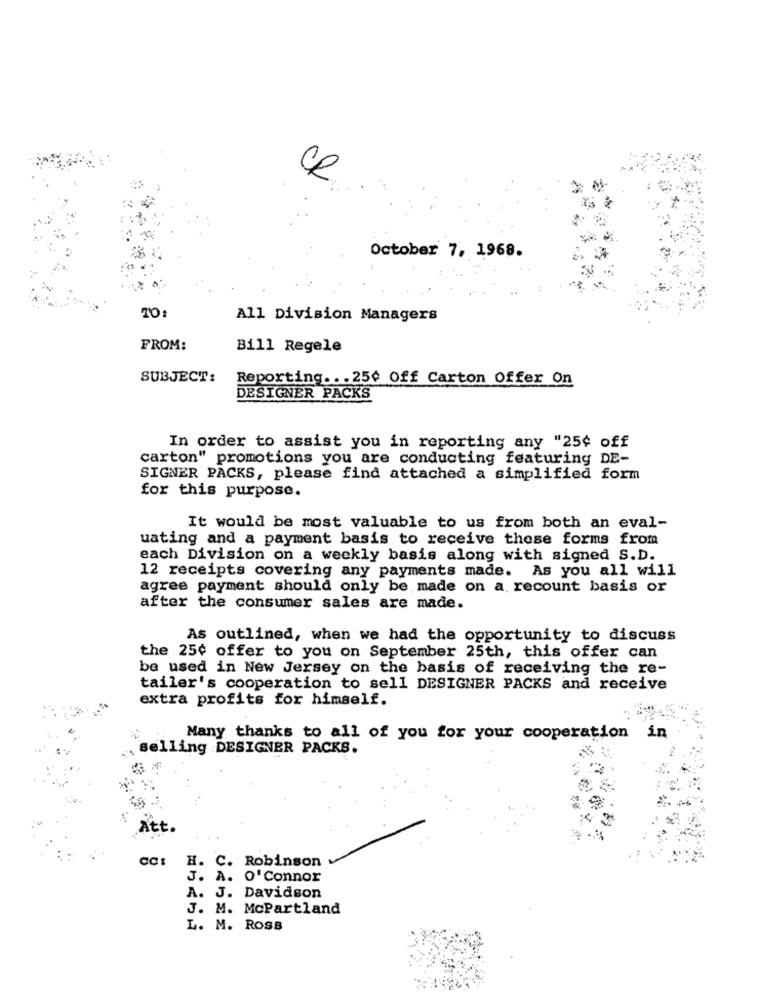
CR
October 7, 1968.
All Division Managers
FROM:
Bill Regele
SUBJECT:
Reporting ... 25¢ Off Carton Offer On
DESIGNER PACKS
In order to assist you in reporting any "25¢ off
carton" promotions you are conducting featuring DE-
SIGNER PACKS, please find attached a simplified form
for this purpose.
It would be most valuable to us from both an eval-
uating and a payment basis to receive these forms from
each Division on a weekly basis along with signed S.D.
12 receipts covering any payments made. As you all will
agree payment should only be made on a recount basis or
after the consumer sales are made.
As outlined, when we had the opportunity to discuss
the 25¢ offer to you on September 25th, this offer can
be used in New Jersey on the basis of receiving the re-
tailer's cooperation to sell DESIGNER PACKS and receive
extra profits for himself.
Many thanks to all of you for your cooperation in
selling DESIGNER PACKS.
Att.
H. C. Robinson
J. A. O' Connor
A. J. Davidson
J. M. McPartland
L. M. ROSS